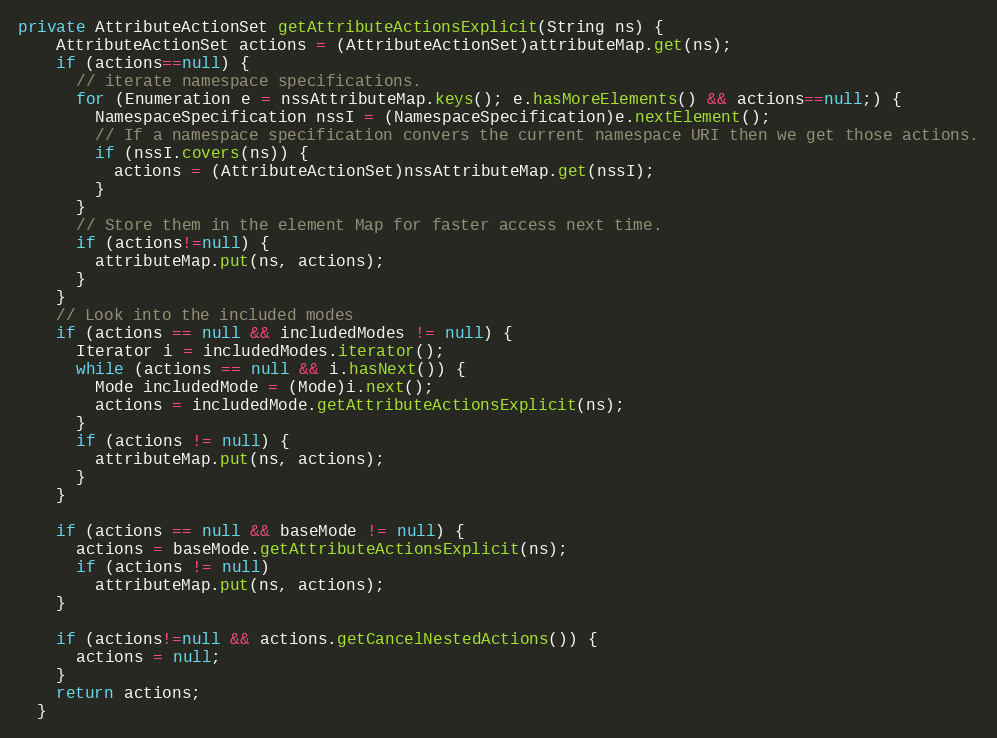
Language: Java
private AttributeActionSet getAttributeActionsExplicit(String ns) {
    AttributeActionSet actions = (AttributeActionSet)attributeMap.get(ns);
    if (actions==null) {
      // iterate namespace specifications.
      for (Enumeration e = nssAttributeMap.keys(); e.hasMoreElements() && actions==null;) {
        NamespaceSpecification nssI = (NamespaceSpecification)e.nextElement();
        // If a namespace specification convers the current namespace URI then we get those actions.
        if (nssI.covers(ns)) {
          actions = (AttributeActionSet)nssAttributeMap.get(nssI);
        }
      }
      // Store them in the element Map for faster access next time.
      if (actions!=null) {
        attributeMap.put(ns, actions);
      }
    }
    // Look into the included modes
    if (actions == null && includedModes != null) {
      Iterator i = includedModes.iterator();
      while (actions == null && i.hasNext()) {
        Mode includedMode = (Mode)i.next();
        actions = includedMode.getAttributeActionsExplicit(ns);
      }
      if (actions != null) {
        attributeMap.put(ns, actions);
      }
    }

    if (actions == null && baseMode != null) {
      actions = baseMode.getAttributeActionsExplicit(ns);
      if (actions != null)
        attributeMap.put(ns, actions);
    }

    if (actions!=null && actions.getCancelNestedActions()) {
      actions = null;
    }
    return actions;
  }